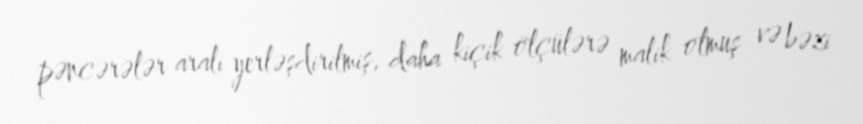
pəncərələr aralı yerləşdirilmiş, daha kiçik ölçülərə malik olmuş və bəzi